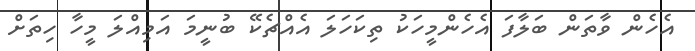
އެހެން ވާތަން ބަލާފަ އެހެންމީހަކު ތިކަހަލަ އެއްޗެކޭ ބުނީމަ އަމިއްލަ މީހާ ހިތަށް